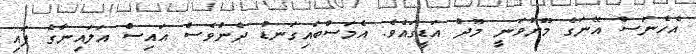
އެހެނަސް އޭނަގެ މޫނުވަނީ މޫދު އަޑީގައެވެ. އެމަސްބައިގަނޑު ދެންވެސް އައިސް އަލައިނާގެ ފައި